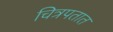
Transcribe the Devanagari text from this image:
चित्रपतात